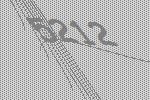
5212